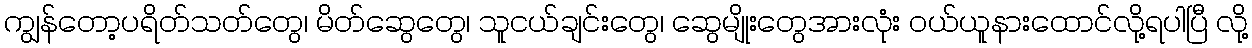
ကျွန်တော့ပရိတ်သတ်တွေ၊ မိတ်ဆွေတွေ၊ သူငယ်ချင်းတွေ၊ ဆွေမျိုးတွေအားလုံး ဝယ်ယူနားထောင်လို့ရပါပြီ လို့